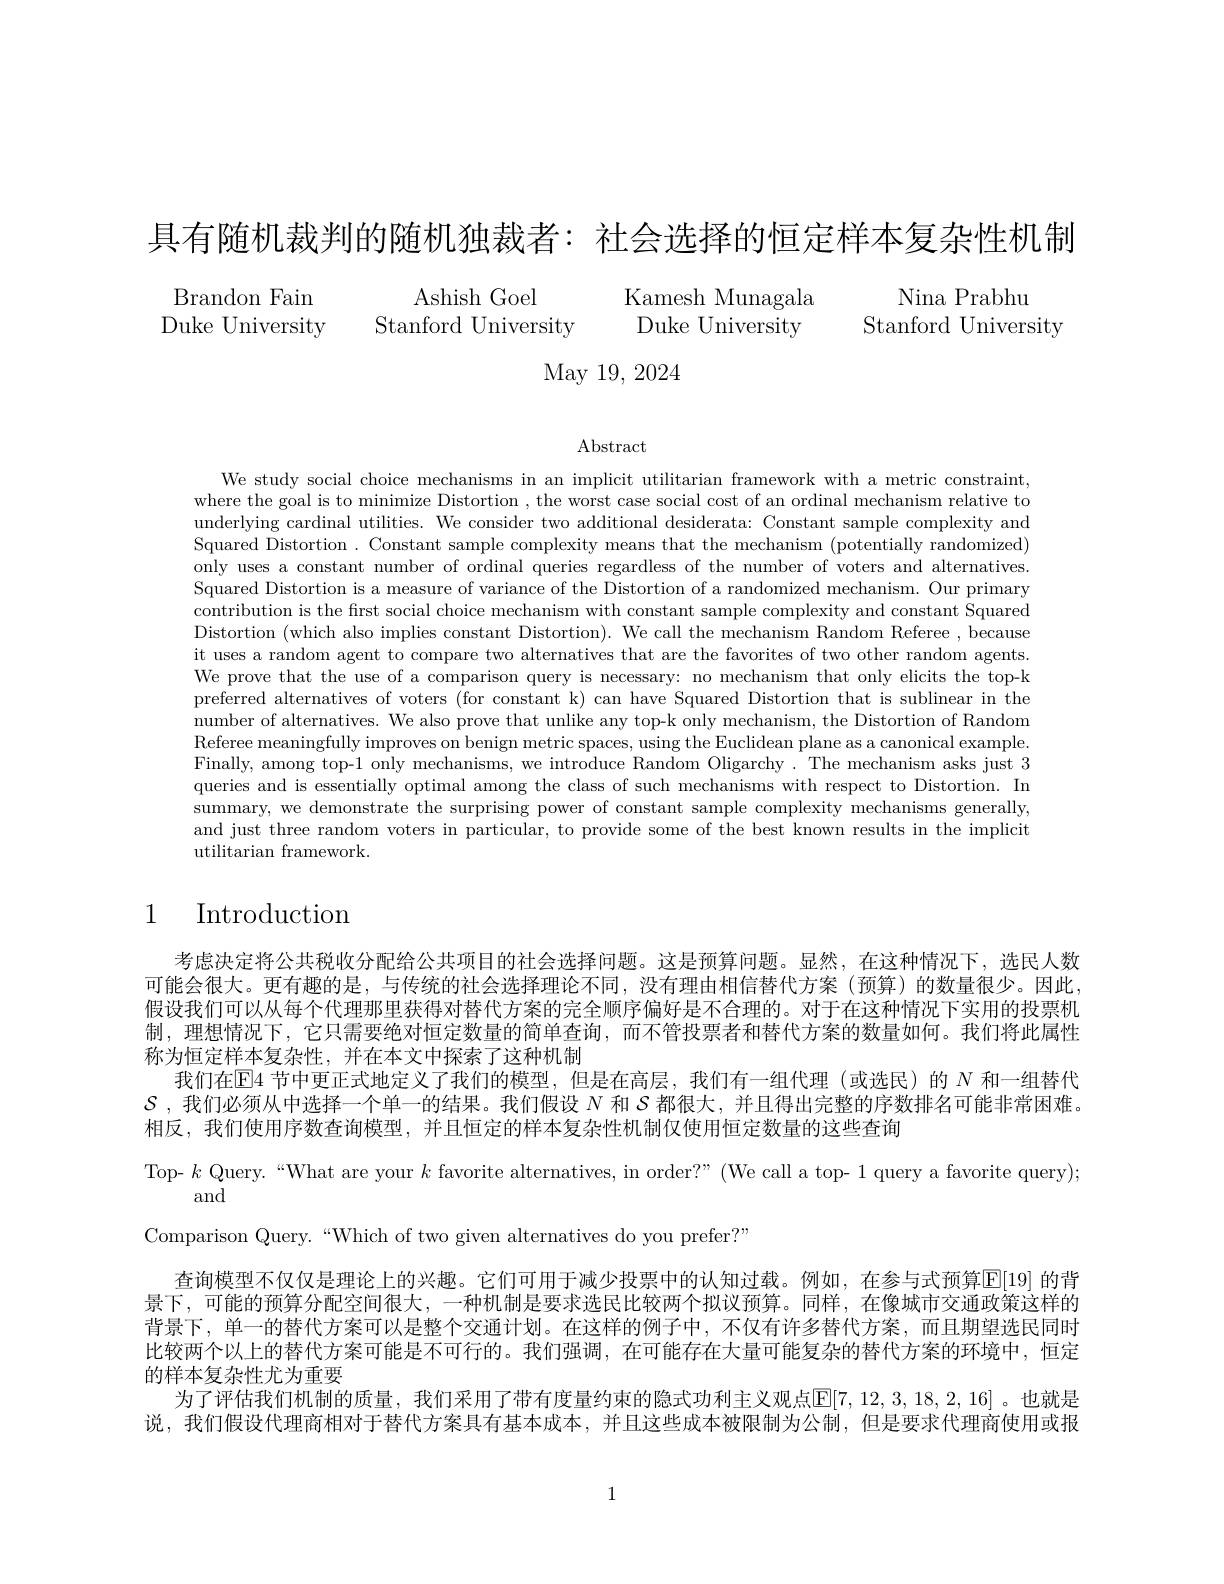
具有随机裁判的随机独裁者：社会选择的恒定样本复杂性机制

Brandon Fain
Duke University Stanford University Duke University Stanford University

Ashish Goel Kamesh Munagala Nina Prabhu

May 19, 2024

Abstract

We study social choice mechanisms in an implicit utilitarian framework with a metric constraint, where the goal is to minimize Distortion , the worst case social cost of an ordinal mechanism relative to underlying cardinal utilities. We consider two additional desiderata: Constant sample complexity and Squared Distortion . Constant sample complexity means that the mechanism (potentially randomized) only uses a constant number of ordinal queries regardless of the number of voters and alternatives. Squared Distortion is a measure of variance of the Distortion of a randomized mechanism. Our primary contribution is the frst social choice mechanism with constant sample complexity and constant Squared Distortion (which also implies constant Distortion). We call the mechanism Random Referee , because it uses a random agent to compare two alternatives that are the favorites of two other random agents. We prove that the use of a comparison query is necessary: no mechanism that only elicits the top-k preferred alternatives of voters (for constant k) can have Squared Distortion that is sublinear in the number of alternatives. We also prove that unlike any top-k only mechanism, the Distortion of Random Referee meaningfully improves on benign metric spaces, using the Euclidean plane as a canonical example. Finally, among top-1 only mechanisms, we introduce Random Oligarchy. The mechanism asks just 3 queries and is essentially optimal among the class of such mechanisms with respect to Distortion. In summary, we demonstrate the surprising power of constant sample complexity mechanisms generally, and just three random voters in particular, to provide some of the best known results in the implicit utilitarian framework.

# 1 Introduction

考虑决定将公共税收分配给公共项目的社会选择问题。这是预算问题。显然，在这种情况下，选民人数可能会很大。更有趣的是，与传统的社会选择理论不同，没有理由相信替代方案(预算)的数量很少。因此假设我们可以从每个代理那里获得对替代方案的完全顺序偏好是不合理的。对于在这种情况下实用的投票机制，理想情况下，它只需要绝对恒定数量的简单查询，而不管投票者和替代方案的数量如何。我们将此属性称为恒定样本复杂性，并在本文中探索了这种机制
我们在E4 节中更正式地定义了我们的模型，但是在高层，我们有一组代理(或选民)的$N$和一组替代$\mathcal{S}$ , 我们必须从中选择一个单一的结果。我们假设$N$和$\mathcal{S}$都很大，并且得出完整的序数排名可能非常困难。相反，我们使用序数查询模型，并且恒定的样本复杂性机制仅使用恒定数量的这些查询
Top- $k$ Query.“What are your $k$ favorite alternatives, in order?”(We call a top- 1 query a favorite query);
Comparison Query.“Which of two given alternatives do you prefer?”
查询模型不仅仅是理论上的兴趣。它们可用于减少投票中的认知过载。例如，在参与式预算$\mathbb{E}[19]$ 的背景下，可能的预算分配空间很大，一种机制是要求选民比较两个拟议预算。同样，在像城市交通政策这样的背景下，单一的替代方案可以是整个交通计划。在这样的例子中，不仅有许多替代方案，而且期望选民同时比较两个以上的替代方案可能是不可行的。我们强调，在可能存在大量可能复杂的替代方案的环境中，恒定的样本复杂性尤为重要
为了评估我们机制的质量，我们采用了带有度量约束的隐式功利主义观点$\mathbb{E}[7,12,3,18,2,16]$。也就是说，我们假设代理商相对于替代方案具有基本成本，并且这些成本被限制为公制，但是要求代理商使用或报

1